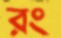
রং